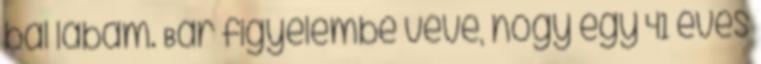
bal lábam. Bár figyelembe véve, hogy egy 41 éves